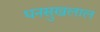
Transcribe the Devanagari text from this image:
धनसुखलाल